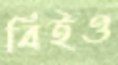
বিইও